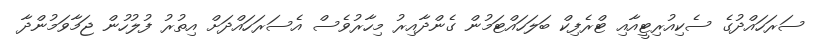
ސަރަހައްދުގެ ސެކިއުރިޓީއާއި ޓްރެފިކް ބަލަހައްޓަމުން ގެންދާއިރު މިހާރުވެސް އެސަރަހައްދަށް އިތުރު ފުލުހުން ޖަމާވަމުންދާ